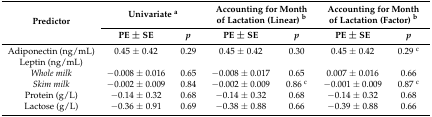
| <ROWSPAN=2> Predictor | <COLSPAN=2> Univariate a | <COLSPAN=2> Accounting for Month of Lactation (Linear) b | <COLSPAN=2> Accounting for Month of Lactation (Factor) b |
 | PE ± SE | p | PE ± SE | p | PE ± SE | p |
 | --- | --- | --- | --- | --- | --- | --- |
 | Adiponectin (ng/mL) | 0.45 ± 0.42 | 0.29 | 0.45 ± 0.42 | 0.30 | 0.45 ± 0.42 | 0.29 c |
 | Leptin (ng/mL) |  |  |  |  |  |  |
 | Whole milk | −0.008 ± 0.016 | 0.65 | −0.008 ± 0.017 | 0.65 | 0.007 ± 0.016 | 0.66 |
 | Skim milk | −0.002 ± 0.009 | 0.84 | −0.002 ± 0.009 | 0.86 c | −0.001 ± 0.009 | 0.87 c |
 | Protein (g/L) | −0.14 ± 0.32 | 0.68 | −0.14 ± 0.32 | 0.68 | −0.14 ± 0.32 | 0.68 |
 | Lactose (g/L) | −0.36 ± 0.91 | 0.69 | −0.38 ± 0.88 | 0.66 | −0.39 ± 0.88 | 0.66 |